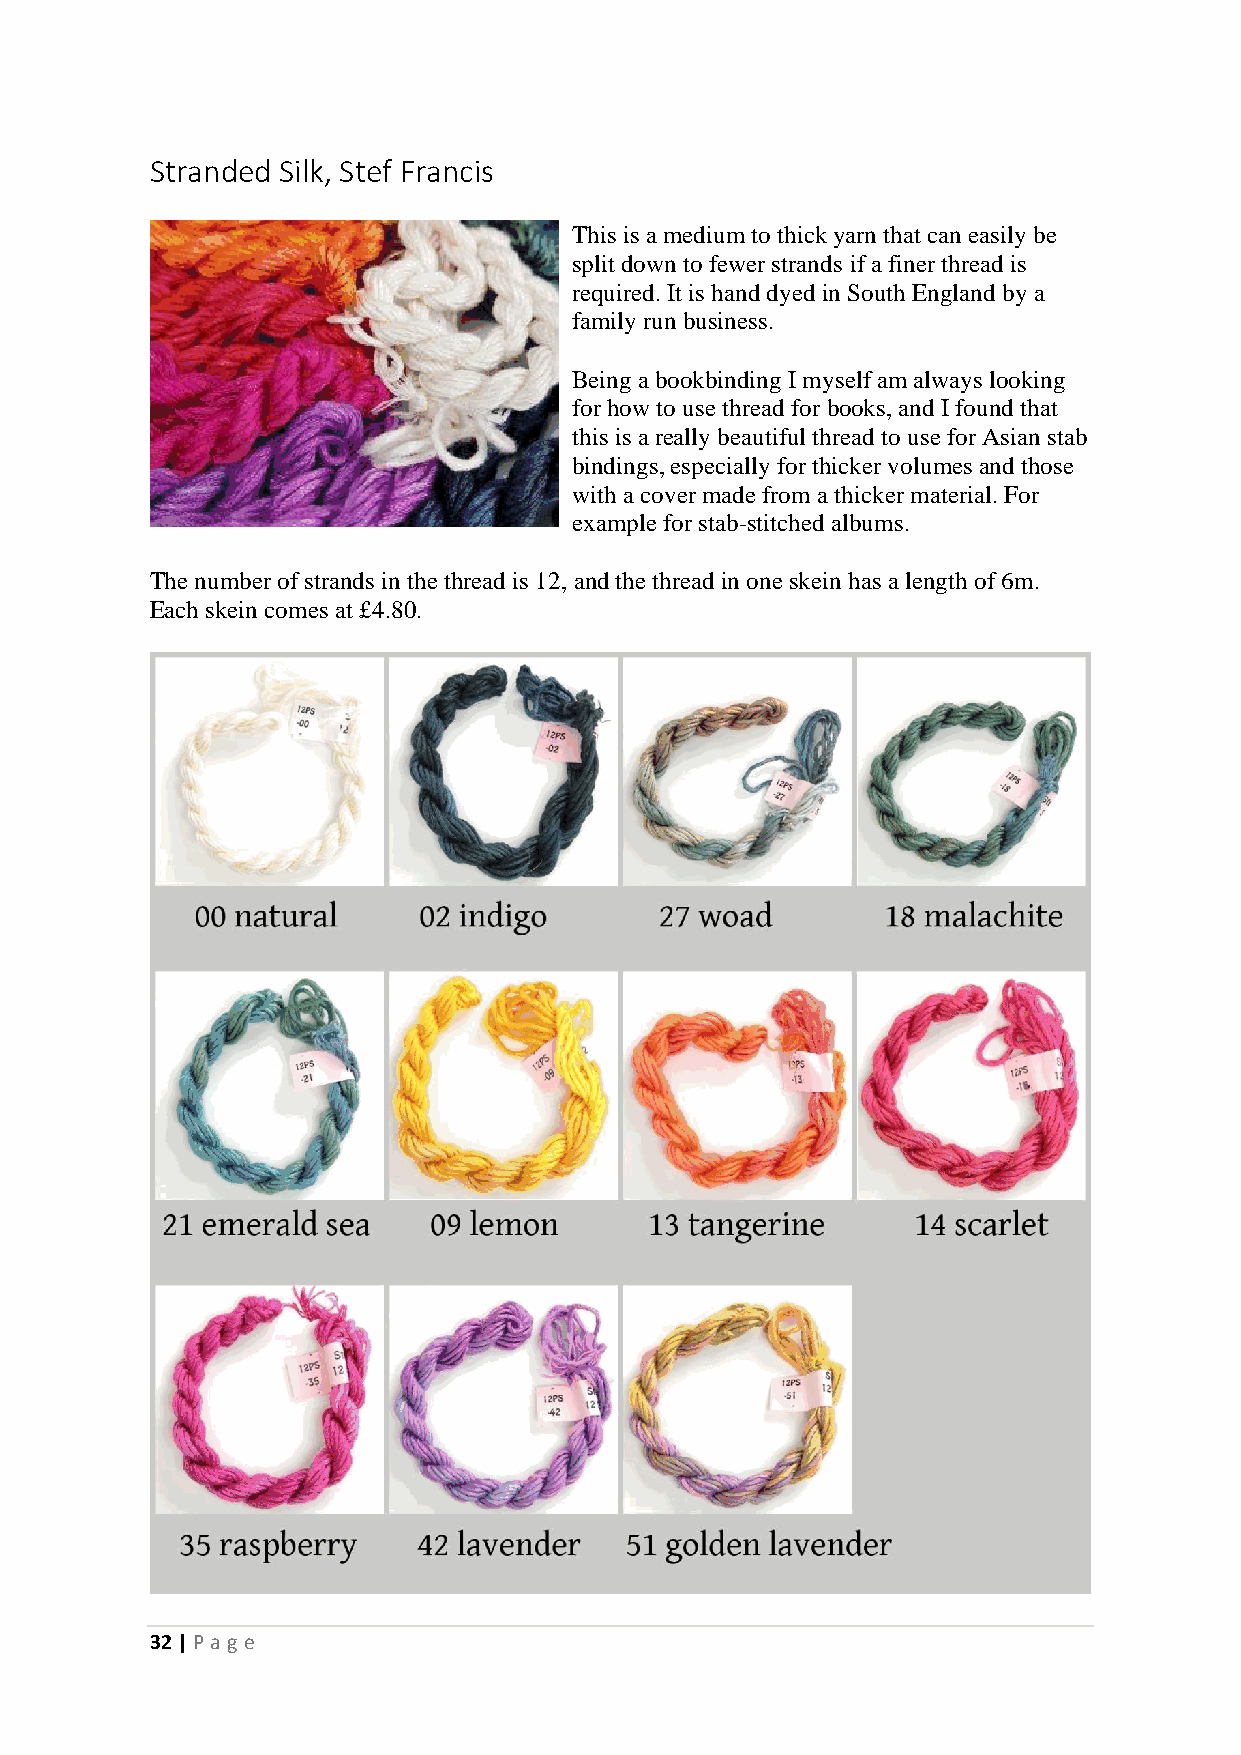
Stranded Silk, Stef Francis
 This is a medium to thick yarn that can easily be
 split down to fewer strands if a finer thread is
 required. It is hand dyed in South England by a
 family run business.
 Being a bookbinding I myself am always looking
 for how to use thread for books, and I found that
 this is a really beautiful thread to use for Asian stab
 bindings, especially for thicker volumes and those
 with a cover made from a thicker material. For
 example for stab-stitched albums.
 The number of strands in the thread is 12, and the thread in one skein has a length of 6m.
 Each skein comes at £4.80.
 32 | P age